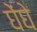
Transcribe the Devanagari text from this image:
घेंघे